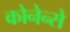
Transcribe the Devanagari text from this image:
कोनेन्से